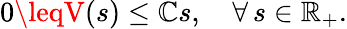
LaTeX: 0\leqV(s)\leq\mathbb{C}s,\quad\forall\, s\in\mathbb{{R}}_{+}.